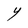
Character: Y